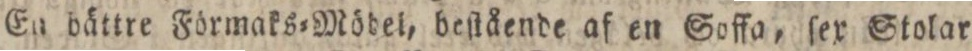
En bättre Förmaks=Mödel, beſtående af en Soffa, ſex Stolar